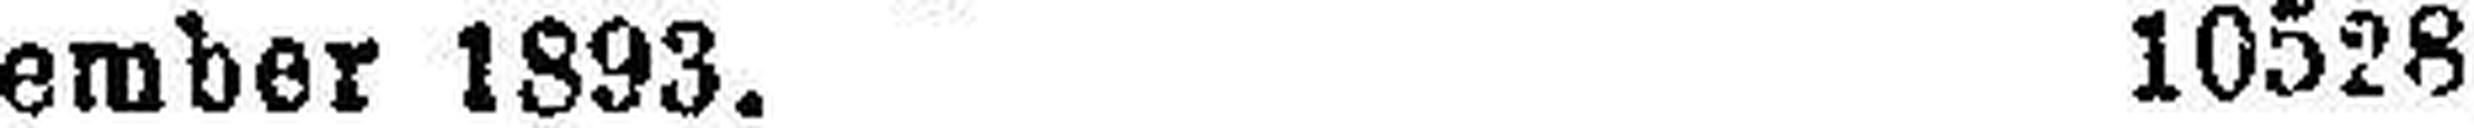
vember 1893. 10528